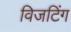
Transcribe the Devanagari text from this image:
विजटिंग